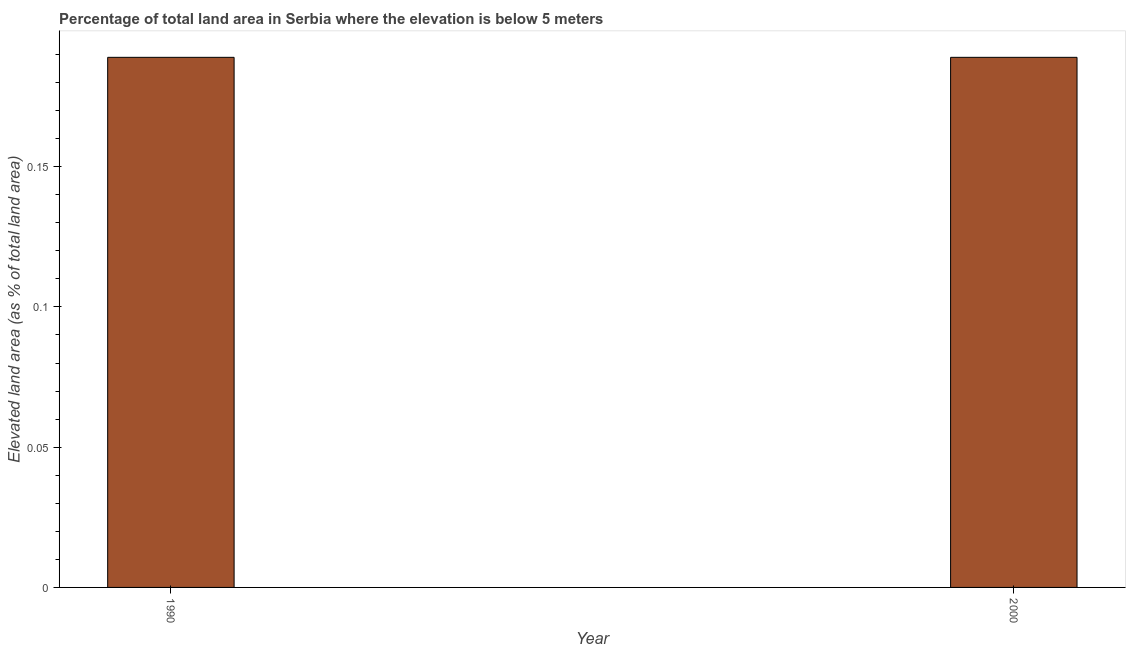
| Year | Land area |
 | --- | --- |
 | 1990 | 0.189 |
 | 2000 | 0.189 |